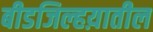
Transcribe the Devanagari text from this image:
बीडजिल्हय़ातील